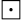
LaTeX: \boxdot